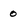
Character: o